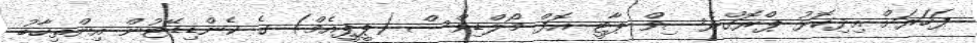
ފަހަރަށް އިދިކޮޅު ޕްރޮގްރެސިވް ޕާޓީ އޮފް މޯލްޑިވްސް (ޕީޕީއެމް) ގެ ކެންޑިޑޭޓުން އިންތިހާބު